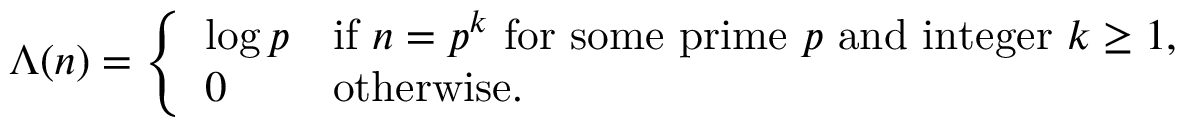
\Lambda ( n ) = { \left\{ \begin{array} { l l } { \log p } & { { \mathrm { i f ~ } } n = p ^ { k } { \mathrm { ~ f o r ~ s o m e ~ p r i m e ~ } } p { \mathrm { ~ a n d ~ i n t e g e r ~ } } k \geq 1 , } \\ { 0 } & { { \mathrm { o t h e r w i s e . } } } \end{array} \right. }